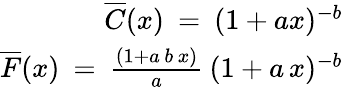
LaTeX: \begin{array}{r}{\overline{{C}}(x)\: =\: (1+ax)^{-b}}\\ {\overline{{F}}(x)\: =\: \frac{(1+a\, b\, x)}{a}\: (1+a\, x)^{-b}}\end{array}